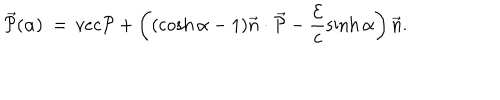
LaTeX: \vec { \cal { P } } ( \alpha ) \ = \, v e c { \cal { P } } + \left( ( \cosh \alpha - 1 ) \vec { n } \cdot \vec { \cal { P } } - \frac { \cal { E } } { c } \sinh \alpha \right) \vec { n } .